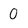
Character: 0